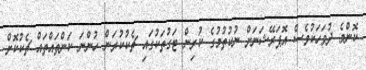
ކޮންމެ ދުވަހަކުވެސް އޮޕަރޭޝަނަށް ނުކުތުމުގެ ކުރިން ޓަގުތަކުގައި ޗެކުކުރަން ހުންނަ ކަންތައްތައް ޗެކުކޮށް